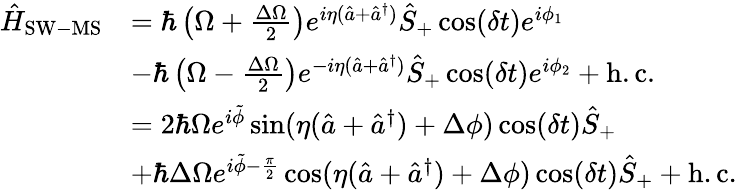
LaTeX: \begin{array}{rl}{\hat{H}_{\mathrm{SW-MS}}}&{=\hbar\left(\Omega+\frac{\Delta\Omega}{2}\right)e^{i\eta(\hat{a}+\hat{a}^{\dagger})}\hat{S}_{+}\cos(\delta t)e^{i\phi_{1}}}\\ &{-\hbar\left(\Omega-\frac{\Delta\Omega}{2}\right)e^{-i\eta(\hat{a}+\hat{a}^{\dagger})}\hat{S}_{+}\cos(\delta t)e^{i\phi_{2}}+\mathrm{h.c.}}\\ &{=2\hbar\Omega e^{i\tilde{\phi}}\sin(\eta(\hat{a}+\hat{a}^{\dagger})+\Delta\phi)\cos(\delta t)\hat{S}_{+}}\\ &{+\hbar\Delta\Omega e^{i\tilde{\phi}-\frac{\pi}{2}}\cos(\eta(\hat{a}+\hat{a}^{\dagger})+\Delta\phi)\cos(\delta t)\hat{S}_{+}+\mathrm{h.c.}}\end{array}